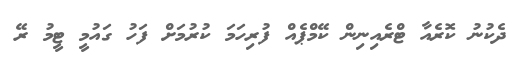
ދެކުނު ކޮރެއާ ޓްރެއިނިން ކޭމްޕެއް ފުރިހަމަ ކުރުމަށް ފަހު ގައުމީ ޓީމު ރޭ